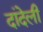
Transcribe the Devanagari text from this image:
दांदेली